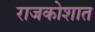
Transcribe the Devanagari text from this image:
राजकोशात